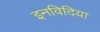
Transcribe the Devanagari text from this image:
इनविदिया